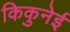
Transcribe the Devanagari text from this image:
किकुनेई